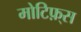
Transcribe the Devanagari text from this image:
मोटिफ़्स